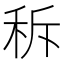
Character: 𱶁